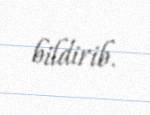
bildirib.